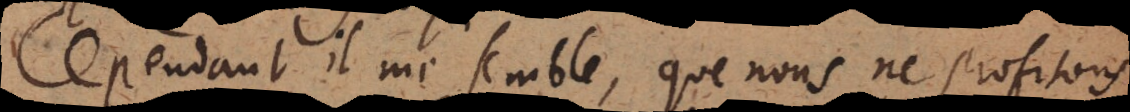
Cependant il me semble, que nous ne profitons